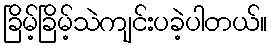
ခြိမ့်ခြိမ့်သဲကျင်းပခဲ့ပါတယ်။